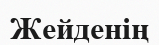
Жейденің